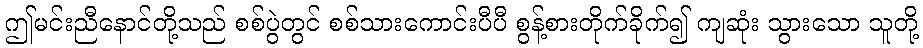
ဤမင်းညီနောင်တို့သည် စစ်ပွဲတွင် စစ်သားကောင်းပီပီ စွန့်စားတိုက်ခိုက်၍ ကျဆုံး သွားသော သူတို့